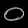
Digit: ၀